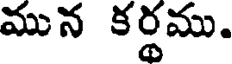
మున కర్థము.